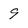
Character: 9